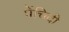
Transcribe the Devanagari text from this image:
पेंचिदी